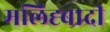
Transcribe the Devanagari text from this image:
मलिह्बादी